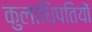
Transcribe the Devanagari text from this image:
कुलाधिपतियों